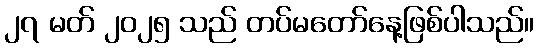
၂၇ မတ် ၂၀၂၅ သည် တပ်မတော်နေ့ဖြစ်ပါသည်။